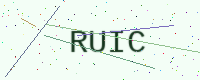
Text: RUIC